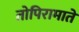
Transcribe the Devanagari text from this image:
तोपिरामाते